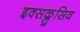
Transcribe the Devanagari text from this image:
इक्सक्लुसिव